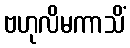
ဗဟုလိမကာသိံ